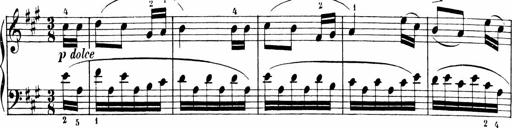
Title: 6 Liedersonatinen
Composer: Carl Reinecke